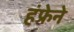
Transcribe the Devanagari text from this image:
हंफ्रेने